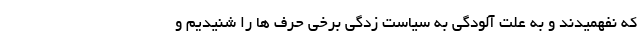
که نفهمیدند و به علت آلودگی به سیاست زدگی برخی حرف ها را شنیدیم و